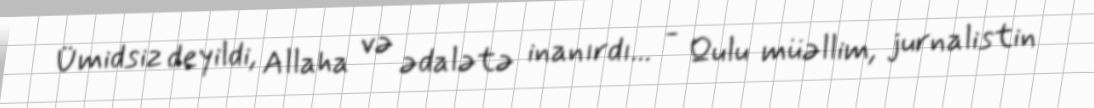
Ümidsiz deyildi, Allaha və ədalətə inanırdı... - Qulu müəllim, jurnalistin